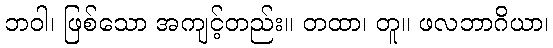
ဘဝါ၊ ဖြစ်သော အကျင့်တည်း။ တထာ၊ တူ။ ဖလဘာဂိယာ၊